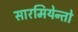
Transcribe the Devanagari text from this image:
सारमियेन्तो